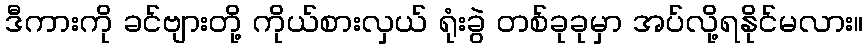
ဒီကားကို ခင်ဗျားတို့ ကိုယ်စားလှယ် ရုံးခွဲ တစ်ခုခုမှာ အပ်လို့ရနိုင်မလား။